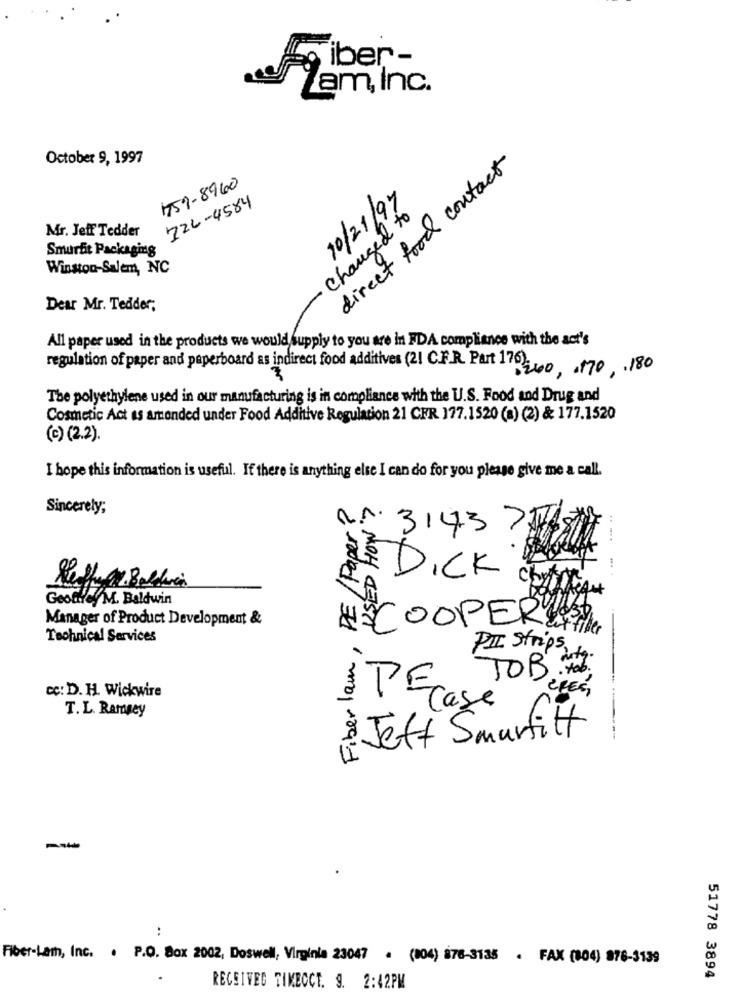
Tiber-
am, Inc.
October 9, 1997
direct food contact
1759-8960
722-4584
10/21/97
· Changed to
Mr. Jeff Tedder
Smurfit Packaging
Winston-Salem, NC
Dear Mr. Tedder;
All paper used in the products we would supply to you are in FDA compliance with the act's
regulation of paper and paperboard as indirect food additives (21 C.F.R. Part 176).
B260, 170, . 180
3
The polyethylene used in our manufacturing is in compliance with the U.S. Food and Drug and
Cosmetic Act as amended under Food Additive Regulation 21 CFR 177.1520 (a) (2) & 177.1520
(c) (2.2).
I hope this information is useful. If there is anything else I can do for you please give me a call.
Fiber lam, PE /Paper?
Sincerely;
3143
DICK
Geoffrey M. Baldwin
Manager of Product Development &
COOPERWAS
4. MOH CESTY
Technical Services
PII Strips,
TOB. Hol.
CRES,
cc: D. H. Wickwire
T. L. Ramsey
TEcase
Jeff Smurfit
--
:
Fiber-Lam, Inc. . P.O. Box 2002, Doswell, Virginia 23047 . (804) 876-3135 . FAX (804) 876-3139
51778 3894
RECEIVED TIMECCT. 9. 2:42PM